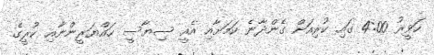
ހަވީރު 4:00 ގައި ކުރިއަށް ގެންދާނެ ކަމަށާއި އެއީ ސިޔާސީ ހައްޔަރީންނާއި ކުރީގެ